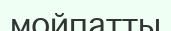
мойпатты